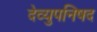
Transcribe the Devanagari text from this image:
देव्युपनिषद